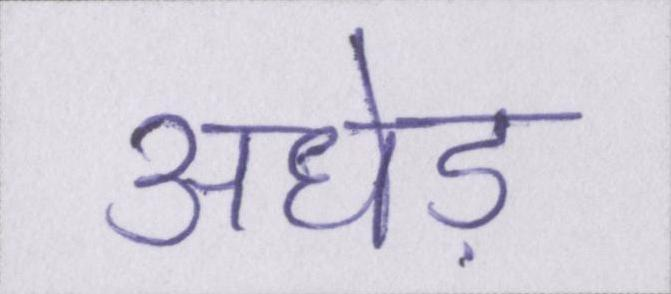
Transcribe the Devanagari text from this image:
अधेड़